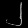
Digit: ၂